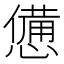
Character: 憊